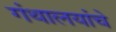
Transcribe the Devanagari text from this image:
गंथालयांचे